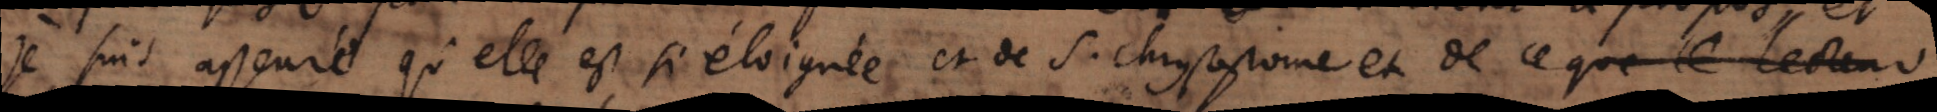
je suis asseuré qu’elle est si éloignée et de S. Chrysostome et de ce que le lecteur